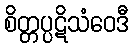
စိတ္တပ္ပဋိသံဝေဒီ